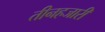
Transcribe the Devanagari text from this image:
तीनहजारी